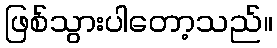
ဖြစ်သွားပါတော့သည်။